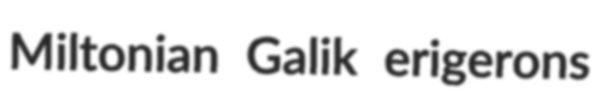
Miltonian Galik erigerons